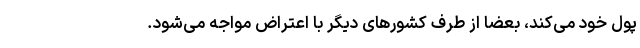
پول خود می‌کند، بعضاً از طرف کشورهای دیگر با اعتراض مواجه می‌شود.